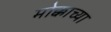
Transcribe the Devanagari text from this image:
मोक्काच्या